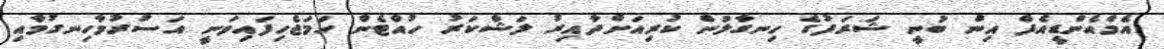
އެމްއެންޑީއެފް އިން ބުނީ ޝަރަފުގެ ހިނގާލުން ކުރިއަށްދާއިރު ލަޝްކަރު ހުއްޓެން ހަމަޖެހިފައިވަނީ އަސުރުމާހިނގުމާއި